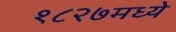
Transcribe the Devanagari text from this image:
१८२७मध्ये